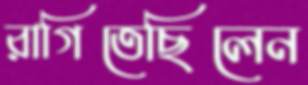
রাগিতেছিলেন